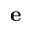
\mathbf { e }